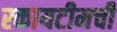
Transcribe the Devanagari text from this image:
स्कायटीमची